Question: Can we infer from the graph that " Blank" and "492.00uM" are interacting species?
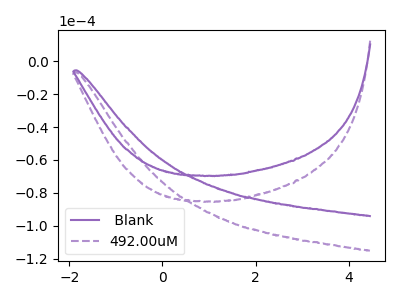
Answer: <think>The purple curve " Blank" has no peaks. The purple dashed curve "492.00uM" has no peaks.
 Neither " Blank" or "492.00uM" have any peaks.</think>
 <answer>No, " Blank" and "492.00uM" don't appear to be significantly different in shape</answer>
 <eval>no_change</eval>